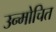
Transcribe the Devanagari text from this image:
उन्मोचित